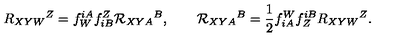
R _ { X Y W } { } ^ { Z } = f _ { W } ^ { i A } f _ { i B } ^ { Z } { \cal R } _ { X Y A } { } ^ { B } , \qquad { \cal R } _ { X Y A } { } ^ { B } = \frac 1 2 f _ { i A } ^ { W } f _ { Z } ^ { i B } R _ { X Y W } { } ^ { Z } .